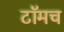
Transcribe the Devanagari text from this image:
टॉमच